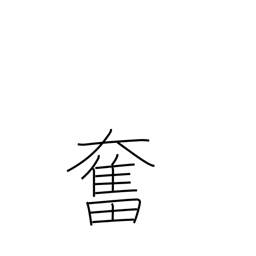
Meaning: stirred up